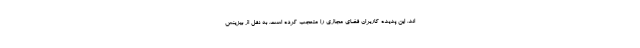
اند. این پدیده کاربران فضای مجازی را متعجب کرده است. به نقل از بیزینس